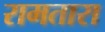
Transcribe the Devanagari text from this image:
रामतारा